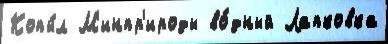
Копы́л М'инпр'ироды во́дный Лапковка